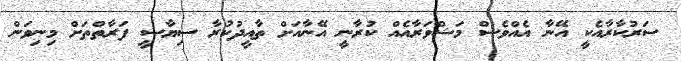
ސަރުކާރާއެކީ އޭނާ އެއްވެސް މަޝްވަރާއެއް ކުރާނީ އޭނާއަށް ތާއީދުކުރާ ސިޔާސީ ފަރާތްތަށް މިނިވަން